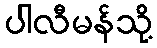
ပါလီမန်သို့